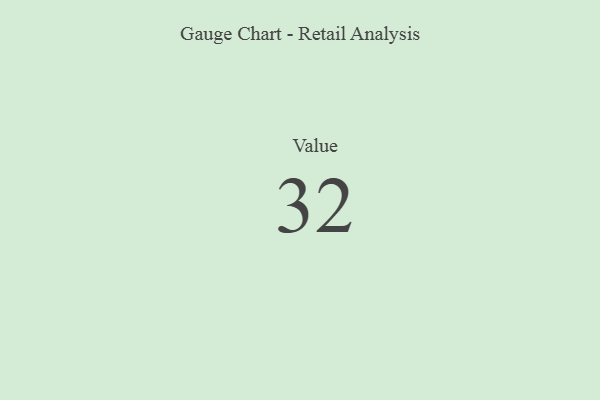
{"axis": {"x": "Metric", "y": "Value"}, "legend": [""], "data": [{"x": "Value", "y": 32, "type": ""}]}